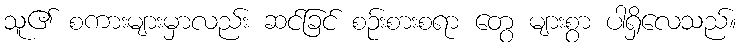
သူ၏ စကားများမှာလည်း ဆင်ခြင် စဉ်းစားစရာ တွေ များစွာ ပါရှိလေသည်။